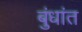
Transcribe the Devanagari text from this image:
बुंधांत